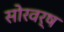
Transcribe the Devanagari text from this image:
सोरवर्ष